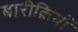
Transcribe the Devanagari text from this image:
बारीक़ियों